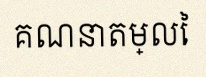
គណនាតម្លៃ